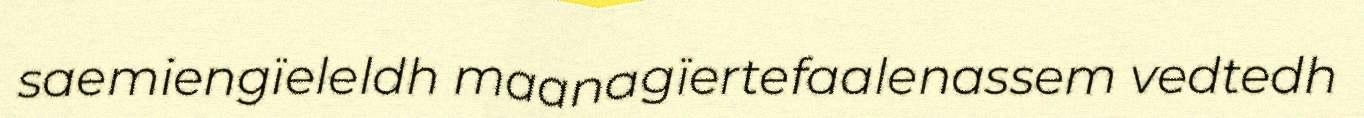
saemiengïeleldh maanagïertefaalenassem vedtedh